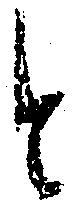
と